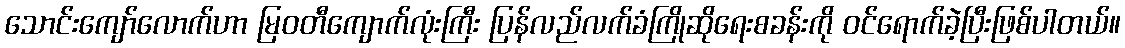
သောင်းကျော်လောက်ဟာ မြဝတီကျောက်လုံးကြီး ပြန်လည်လက်ခံကြိုဆိုရေးစခန်းကို ဝင်ရောက်ခဲ့ပြီးဖြစ်ပါတယ်။